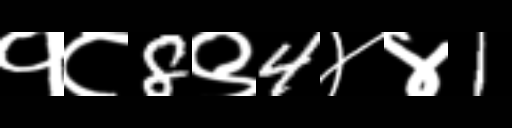
Text: १८8९4४४1